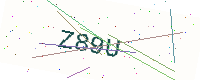
Text: Z89U